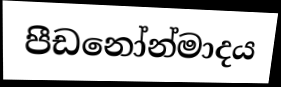
පීඩනෝන්මාදය